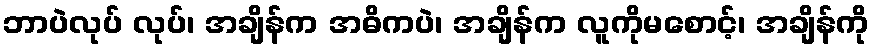
ဘာပဲလုပ် လုပ်၊ အချိန်က အဓိကပဲ၊ အချိန်က လူကိုမစောင့်၊ အချိန်ကို